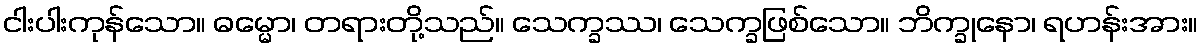
ငါးပါးကုန်သော။ ဓမ္မော၊ တရားတို့သည်။ သေက္ခဿ၊ သေက္ခဖြစ်သော။ ဘိက္ခုနော၊ ရဟန်းအား။